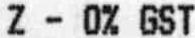
Z - 0% GST